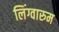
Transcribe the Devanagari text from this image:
लिंग्वारुम